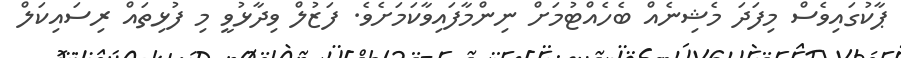
ޕާކުގައިވެސް މިފަދަ މެޝިނެއް ބެހެއްޓުމަށް ނިންމާފައިވާކަމަށެވެ. ފަޒުލް ވިދާޅުވީ މި ފުޅިތައް ރިސައިކަލް